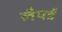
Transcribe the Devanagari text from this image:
लैयर्ड